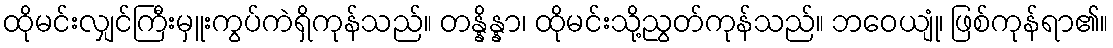
ထိုမင်းလျှင်ကြီးမှူးကွပ်ကဲရှိကုန်သည်။ တန္နိန္နာ၊ ထိုမင်းသို့ညွတ်ကုန်သည်။ ဘဝေယျုံ၊ ဖြစ်ကုန်ရာ၏။